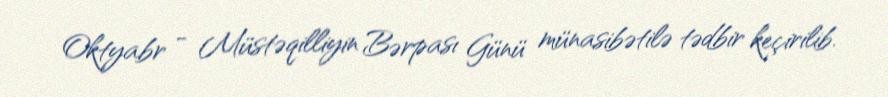
Oktyabr - Müstəqilliyin Bərpası Günü münasibətilə tədbir keçirilib.